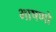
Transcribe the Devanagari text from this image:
भाषणो